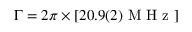
\Gamma = 2 \pi \times [ 2 0 . 9 ( 2 ) \mathrm { ~ M ~ H ~ z ~ } ]